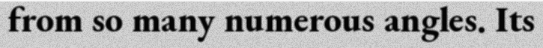
from so many numerous angles. Its